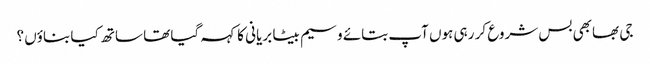
جی بھابھی بس شروع کر رہی ہوں آپ بتائے وسیم بیٹا بریانی کا کہہ گیا تھا ساتھ کیا بناؤں ؟